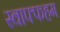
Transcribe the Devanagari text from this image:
स्वाफ्फहम